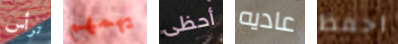
ترأس يهمهم أحظى عاديه احفظ